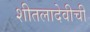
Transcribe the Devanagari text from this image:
शीतलादेवीची